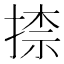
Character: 𭡠